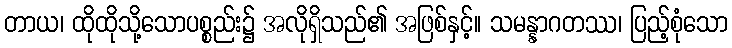
တာယ၊ ထိုထိုသို့သောပစ္စည်း၌ အလိုရှိသည်၏ အဖြစ်နှင့်။ သမန္နာဂတဿ၊ ပြည့်စုံသော